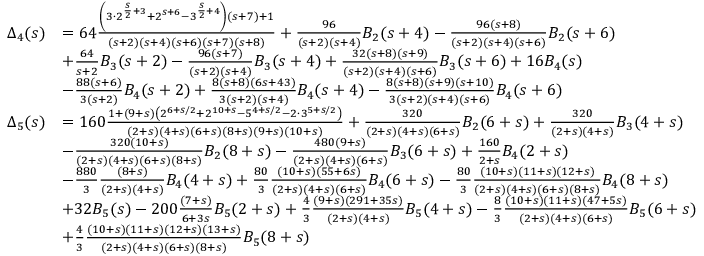
\begin{array} { r l } { \Delta _ { 4 } ( s ) } & { = 6 4 \frac { \left( 3 \cdot 2 ^ { \frac { s } { 2 } + 3 } + 2 ^ { s + 6 } - 3 ^ { \frac { s } { 2 } + 4 } \right) ( s + 7 ) + 1 } { ( s + 2 ) ( s + 4 ) ( s + 6 ) ( s + 7 ) ( s + 8 ) } + \frac { 9 6 } { ( s + 2 ) ( s + 4 ) } B _ { 2 } ( s + 4 ) - \frac { 9 6 ( s + 8 ) } { ( s + 2 ) ( s + 4 ) ( s + 6 ) } B _ { 2 } ( s + 6 ) } \\ & { + \frac { 6 4 } { s + 2 } B _ { 3 } ( s + 2 ) - \frac { 9 6 ( s + 7 ) } { ( s + 2 ) ( s + 4 ) } B _ { 3 } ( s + 4 ) + \frac { 3 2 ( s + 8 ) ( s + 9 ) } { ( s + 2 ) ( s + 4 ) ( s + 6 ) } B _ { 3 } ( s + 6 ) + 1 6 B _ { 4 } ( s ) } \\ & { - \frac { 8 8 ( s + 6 ) } { 3 ( s + 2 ) } B _ { 4 } ( s + 2 ) + \frac { 8 ( s + 8 ) ( 6 s + 4 3 ) } { 3 ( s + 2 ) ( s + 4 ) } B _ { 4 } ( s + 4 ) - \frac { 8 ( s + 8 ) ( s + 9 ) ( s + 1 0 ) } { 3 ( s + 2 ) ( s + 4 ) ( s + 6 ) } B _ { 4 } ( s + 6 ) } \\ { \Delta _ { 5 } ( s ) } & { = 1 6 0 \frac { 1 + ( 9 + s ) \left( 2 ^ { 6 + s / 2 } + 2 ^ { 1 0 + s } - 5 ^ { 4 + s / 2 } - 2 \cdot 3 ^ { 5 + s / 2 } \right) } { ( 2 + s ) ( 4 + s ) ( 6 + s ) ( 8 + s ) ( 9 + s ) ( 1 0 + s ) } + \frac { 3 2 0 } { ( 2 + s ) ( 4 + s ) ( 6 + s ) } B _ { 2 } ( 6 + s ) + \frac { 3 2 0 } { ( 2 + s ) ( 4 + s ) } B _ { 3 } ( 4 + s ) } \\ & { - \frac { 3 2 0 ( 1 0 + s ) } { ( 2 + s ) ( 4 + s ) ( 6 + s ) ( 8 + s ) } B _ { 2 } ( 8 + s ) - \frac { 4 8 0 ( 9 + s ) } { ( 2 + s ) ( 4 + s ) ( 6 + s ) } B _ { 3 } ( 6 + s ) + \frac { 1 6 0 } { 2 + s } B _ { 4 } ( 2 + s ) } \\ & { - \frac { 8 8 0 } { 3 } \frac { ( 8 + s ) } { ( 2 + s ) ( 4 + s ) } B _ { 4 } ( 4 + s ) + \frac { 8 0 } { 3 } \frac { ( 1 0 + s ) ( 5 5 + 6 s ) } { ( 2 + s ) ( 4 + s ) ( 6 + s ) } B _ { 4 } ( 6 + s ) - \frac { 8 0 } { 3 } \frac { ( 1 0 + s ) ( 1 1 + s ) ( 1 2 + s ) } { ( 2 + s ) ( 4 + s ) ( 6 + s ) ( 8 + s ) } B _ { 4 } ( 8 + s ) } \\ & { + 3 2 B _ { 5 } ( s ) - 2 0 0 \frac { ( 7 + s ) } { 6 + 3 s } B _ { 5 } ( 2 + s ) + \frac { 4 } { 3 } \frac { ( 9 + s ) ( 2 9 1 + 3 5 s ) } { ( 2 + s ) ( 4 + s ) } B _ { 5 } ( 4 + s ) - \frac { 8 } { 3 } \frac { ( 1 0 + s ) ( 1 1 + s ) ( 4 7 + 5 s ) } { ( 2 + s ) ( 4 + s ) ( 6 + s ) } B _ { 5 } ( 6 + s ) } \\ & { + \frac { 4 } { 3 } \frac { ( 1 0 + s ) ( 1 1 + s ) ( 1 2 + s ) ( 1 3 + s ) } { ( 2 + s ) ( 4 + s ) ( 6 + s ) ( 8 + s ) } B _ { 5 } ( 8 + s ) } \end{array}